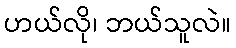
ဟယ်လို၊ ဘယ်သူလဲ။